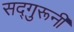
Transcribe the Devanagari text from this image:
सद्गुरूनी